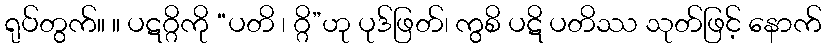
ရုပ်တွက်။ ။ ပဋဂ္ဂိကို “ပတိ ၊ ဂ္ဂိ”ဟု ပုဒ်ဖြတ်၊ ကွစိ ပဋိ ပတိဿ သုတ်ဖြင့် နောက်